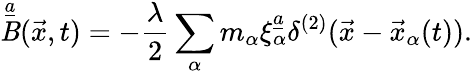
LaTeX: \mathop{\mathit{B}}^{\underline{{{{a}}}}}(\vec{{x}},t)=-{\frac{{\lambda}}{{2}}}\sum_{\alpha}m_{\alpha}\xi_{\alpha}^{\underline{{{{a}}}}}\delta^{(2)}(\vec{{x}}-\vec{{x}}_{\alpha}(t)).